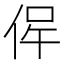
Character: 𠉖